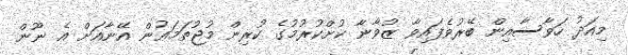
މިއަދު ހަވާސާއިން ބޭރުވެފައިވާ ޒުވާނާ ކުށްކުރުމުގެ ކުރިން މުޖުތަމަޢުން އޭނާއަށް އެ ނޫން